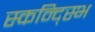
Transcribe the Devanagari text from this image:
स्कन्द्स्भि